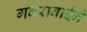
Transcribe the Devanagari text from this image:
गवराबाईने